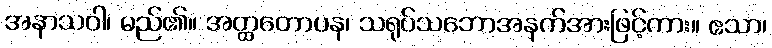
အနာသဝါ၊ မည်၏။ အတ္ထတောပန၊ သရုပ်သဘောအနက်အားဖြင့်ကား။ ဧသာ၊